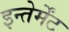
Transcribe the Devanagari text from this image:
इन्तेर्मेंट